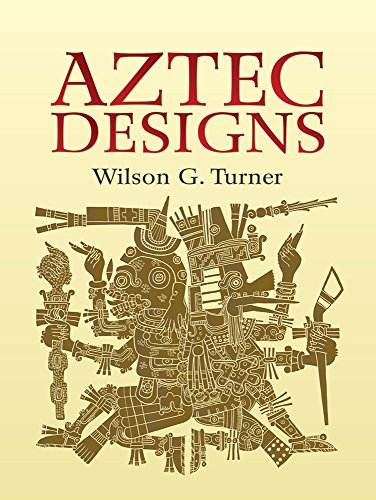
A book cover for Aztec Designs (Dover Pictorial Archive); Wilson G. Turner; History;